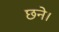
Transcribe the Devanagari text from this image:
छने।